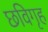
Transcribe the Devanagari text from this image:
छविगृह